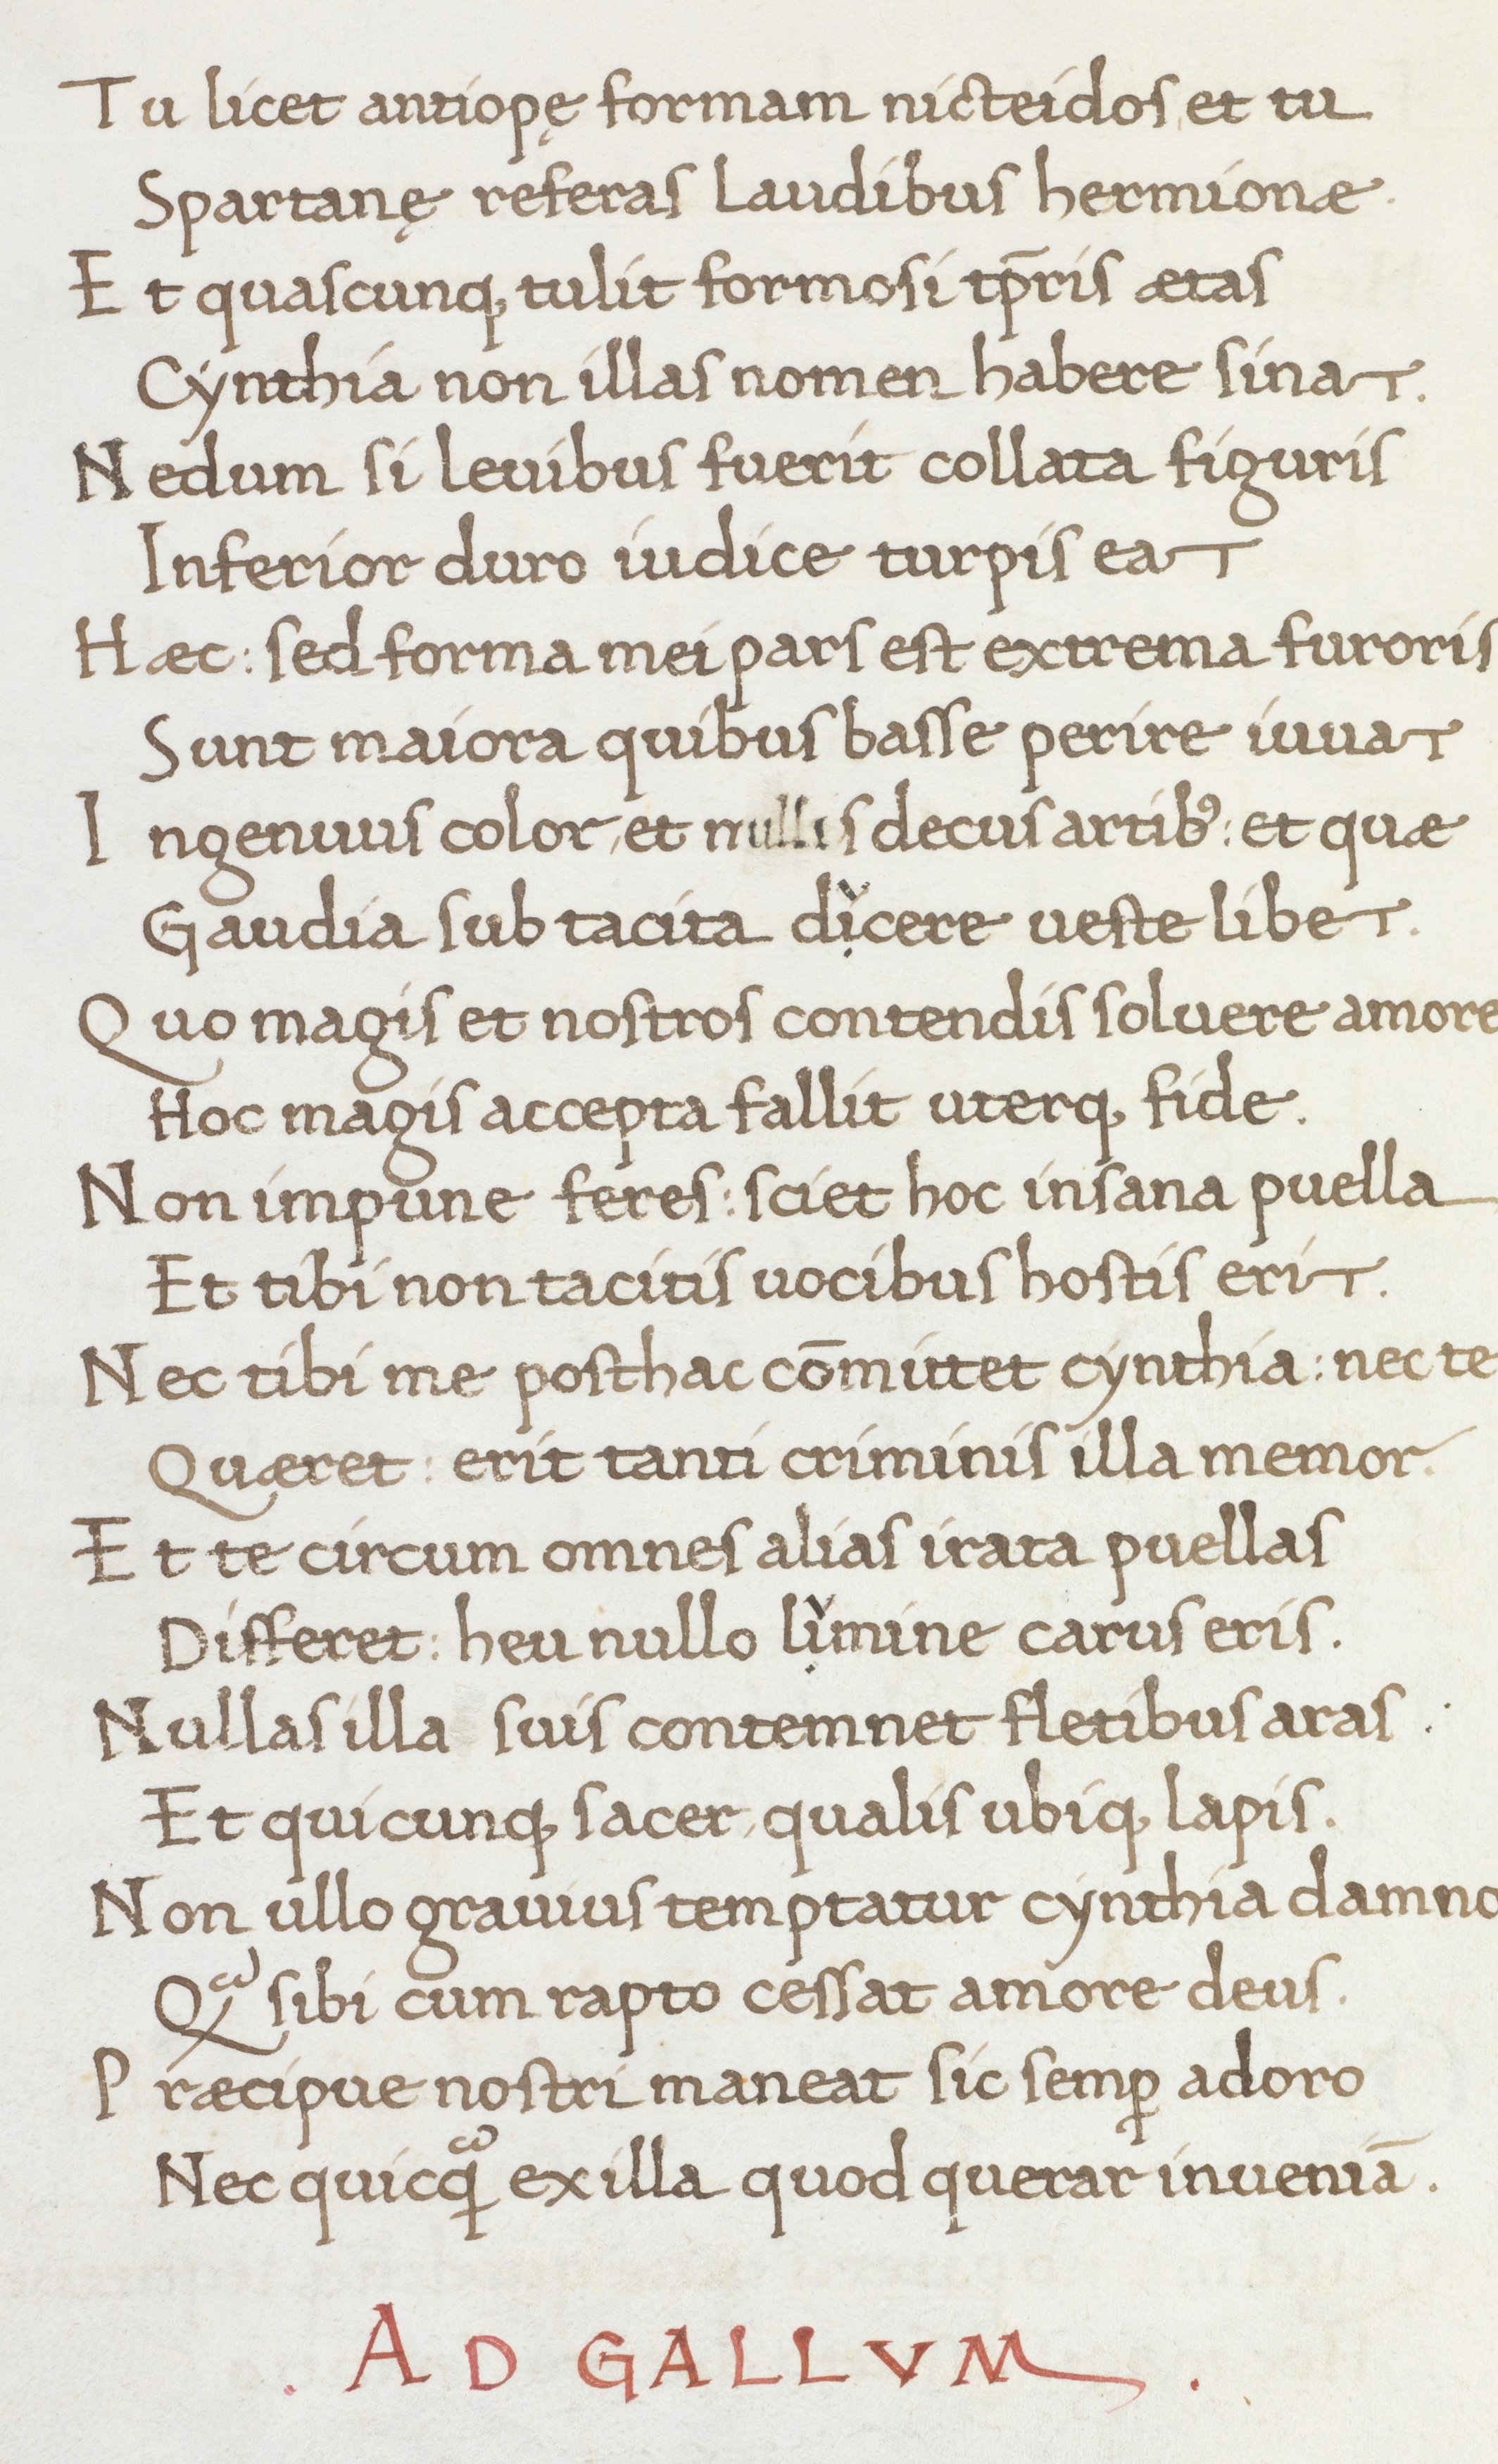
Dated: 1466–1466